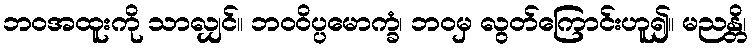
ဘဝအထူးကို သာလျှင်။ ဘဝဝိပ္ပမောက္ခံ၊ ဘဝမှ လွတ်ကြောင်းဟူ၍။ မညန္တိ၊